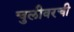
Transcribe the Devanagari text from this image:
चुलीवरची